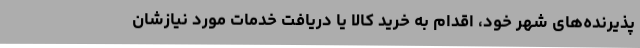
پذیرنده‌های شهر خود، اقدام به خرید کالا یا دریافت خدمات مورد نیازشان